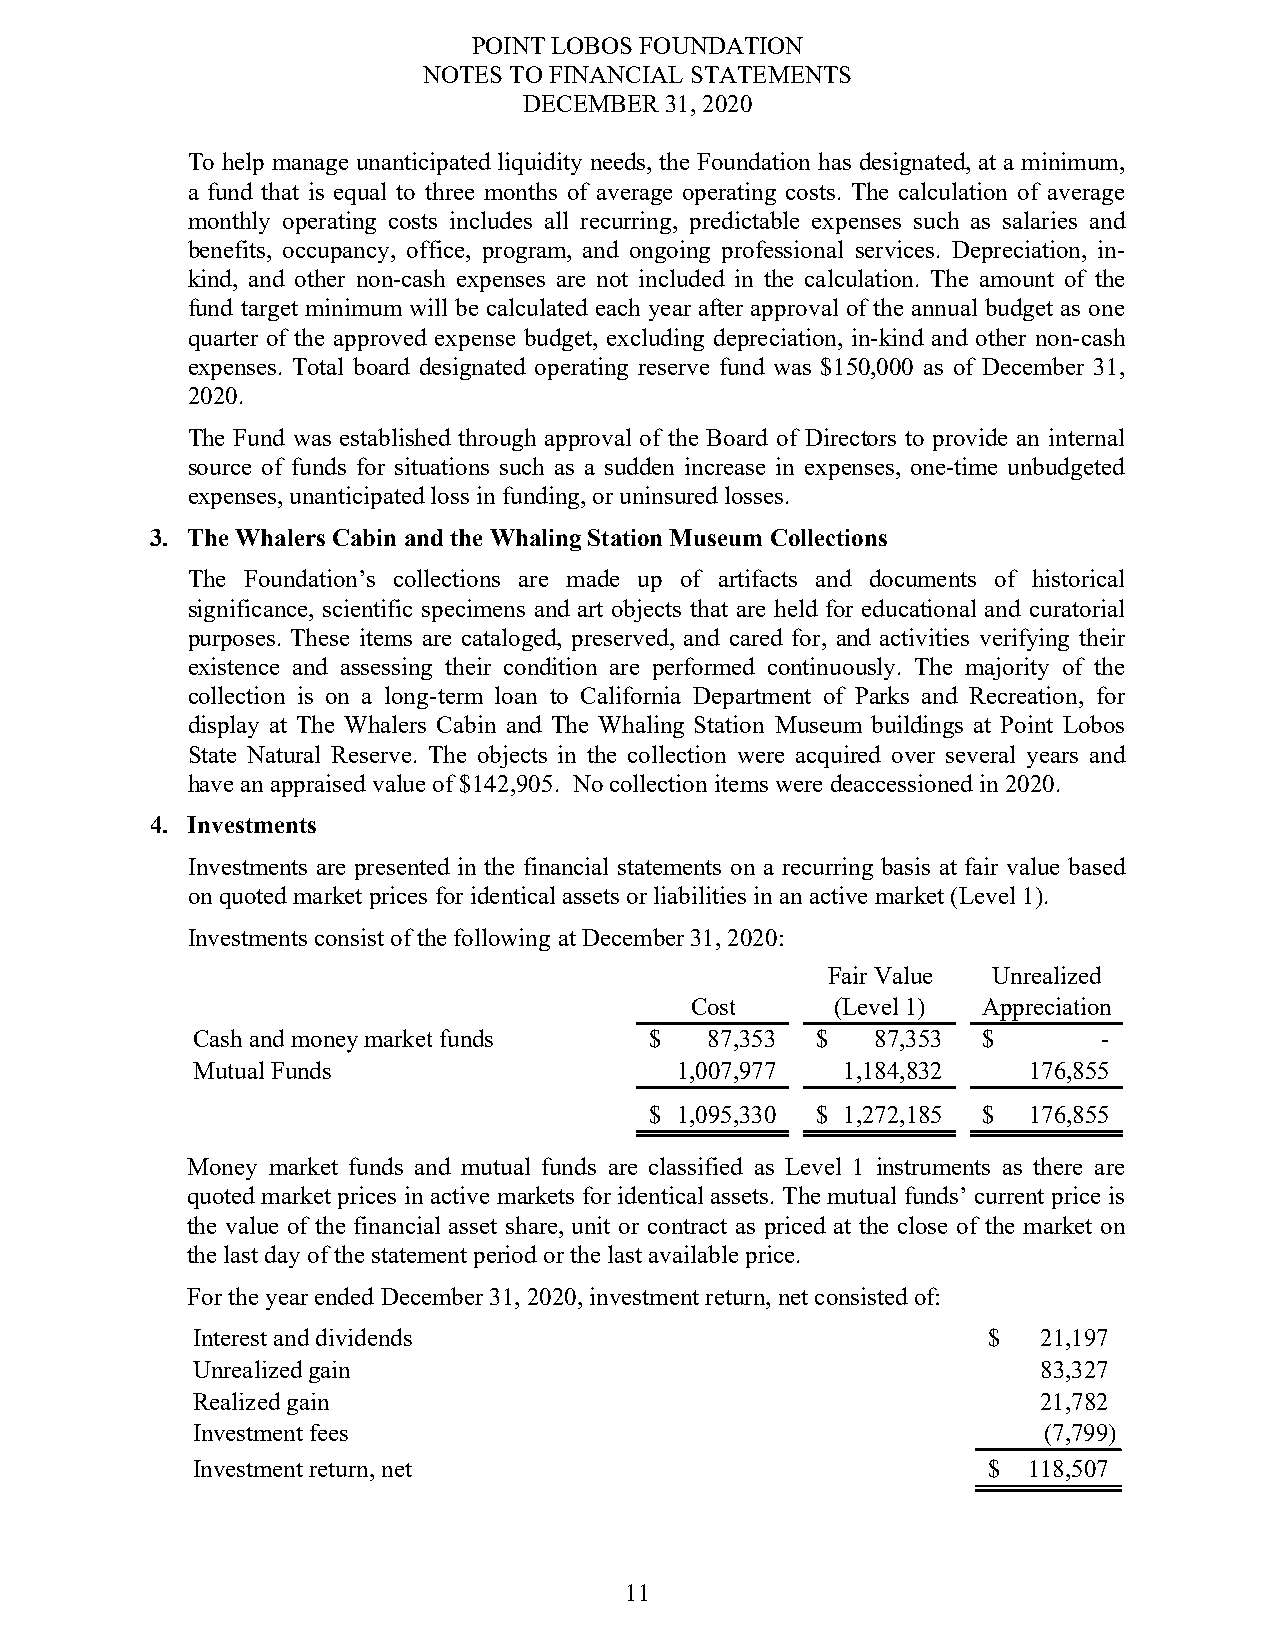
POINT LOBOS FOUNDATION
 NOTES TO FINANCIAL STATEMENTS
 DECEMBER 31, 2020
 To help manage unanticipated liquidity needs, the Foundation has designated, at a minimum,
 a fund that is equal to three months of average operating costs. The calculation of average
 monthly operating costs includes all recurring, predictable expenses such as salaries and
 benefits, occupancy, office, program, and ongoing professional services. Depreciation, in-
 kind, and other non-cash expenses are not included in the calculation. The amount of the
 fund target minimum will be calculated each year after approval of the annual budget as one
 quarter of the approved expense budget, excluding depreciation, in-kind and other non-cash
 expenses. Total board designated operating reserve fund was $150,000 as of December 31,
 2020.
 The Fund was established through approval of the Board of Directors to provide an internal
 source of funds for situations such as a sudden increase in expenses, one-time unbudgeted
 expenses, unanticipated loss in funding, or uninsured losses.
 3. The Whalers Cabin and the Whaling Station Museum Collections
 The Foundation’s collections are made up of artifacts and documents of historical
 significance, scientific specimens and art objects that are held for educational and curatorial
 purposes. These items are cataloged, preserved, and cared for, and activities verifying their
 existence and assessing their condition are performed continuously. The majority of the
 collection is on a long-term loan to California Department of Parks and Recreation, for
 display at The Whalers Cabin and The Whaling Station Museum buildings at Point Lobos
 State Natural Reserve. The objects in the collection were acquired over several years and
 have an appraised value of $142,905. No collection items were deaccessioned in 2020.
 4. Investments
 Investments are presented in the financial statements on a recurring basis at fair value based
 on quoted market prices for identical assets or liabilities in an active market (Level 1).
 Investments consist of the following at December 31, 2020:
 Fair Value Unrealized
 Cost     (Level 1) Appreciation
 Cash and money market funds   $   87,353 $   87,353 $       -
 Mutual Funds                    1,007,977  1,184,832   176,855
 $ 1,095,330 $ 1,272,185 $ 176,855
 Money market funds and mutual funds are classified as Level 1 instruments as there are
 quoted market prices in active markets for identical assets. The mutual funds’ current price is
 the value of the financial asset share, unit or contract as priced at the close of the market on
 the last day of the statement period or the last available price.
 For the year ended December 31, 2020, investment return, net consisted of:
 Interest and dividends                              $   21,197
 Unrealized gain                                         83,327
 Realized gain                                           21,782
 Investment fees                                         (7,799)
 Investment return, net                              $  118,507
 11